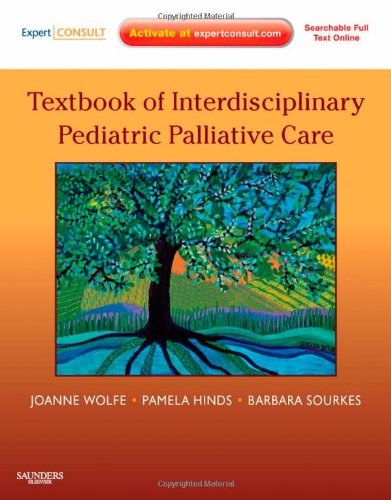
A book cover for Textbook of Interdisciplinary Pediatric Palliative Care: Expert Consult Premium Edition - Enhanced Online Features and Print, 1e; Joanne Wolfe MD  MPH; Self-Help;